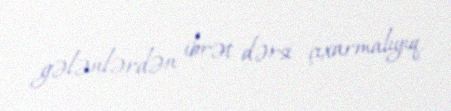
gələnlərdən ibrət dərsi çıxarmalıyıq.